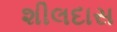
શીલદાસ